Annual report of the Madras Medical College
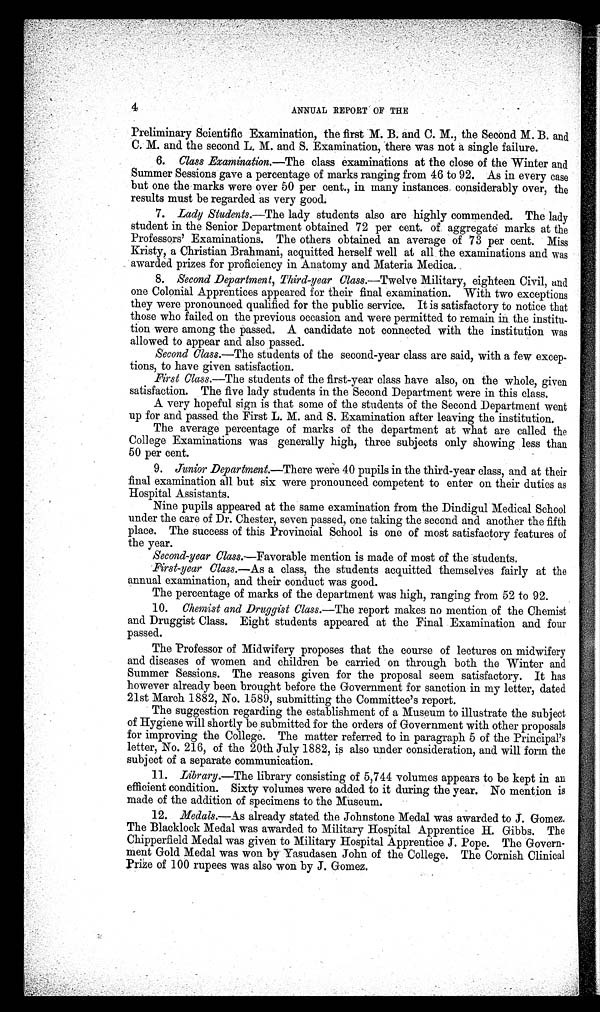
4
ANNUAL REPORT OF THE
Preliminary Scientific Examination, the first M. B. and C. M., the Second M. B. and
C. M. and the second L. M. and S. Examination, there was not a single failure.
6. Class Examination.—The class examinations at the close of the Winter and
Summer Sessions gave a percentage of marks ranging from 46 to 92. As in every case
but one the marks were over 50 per cent., in many instances considerably over, the
results must be regarded as very good.
7. La d y St u d e n t s . —T h e
l a d y s t u d e n t s a l s o a r e h i g h l y c o m m e n d e d . T h e l a d y
student in the Senior Department obtained 72 per cent. of aggregate marks at the
Professors' Examinations. The others obtained an average of 73 per cent. Miss
Kristy, a Christian Brahmani, acquitted herself well at all the examinations and was
awarded prizes for proficiency in Anatomy and Materia Medica.
8. Second Department, Third-year Class. —Twelve Military, eighteen Civil, and
one Colonial Apprentices appeared for their final examination. With two exceptions
they were pronounced qualified for the public service. It is satisfactory to notice that
those who failed on the previous occasion and were permitted to remain in the institu-
tion were among the passed. A candidate not connected with the institution was
allowed to appear and also passed.
Second Class.—The students of the second-year class are said, with a few excep-
tions, to have given satisfaction.
First Class.—The students of the first-year class have also, on the whole, given
satisfaction. The five lady students in the Second Department were in this class.
A very hopeful sign is that some of the students of the Second Department went
up for and passed the First L. M. and S. Examination after leaving the institution.
The average percentage of marks of the department at what are called the
College Examinations was generally high, three subjects only showing less than
50 per cent.
9. Junior Department.—There were 40 pupils in the third-year class, and at their
final examination all but six were pronounced competent to enter on their duties as
Hospital Assistants.
Nine pupils appeared at the same examination from the Dindigul Medical School
under the care of Dr. Chester, seven passed, one taking the second and another the fifth
place. The success of this Provincial School is one of most satisfactory features of
the year.
Second-year Class.—Favorable mention is made of most of the students.
First-year Class.— As a class, the students acquitted themselves fairly at the
annual examination, and their conduct was good.
The percentage of marks of the department was high, ranging from 52 to 92.
10.
Chemist and Druggist Class.—The report makes no mention of the Chemist
and Druggist Class. Eight students appeared at the Final Examination and four
passed.
The Professor of Midwifery proposes that the course of lectures on midwifery
and diseases of women and children be carried on through both the Winter and
Summer Sessions. The reasons given for the proposal seem satisfactory. It has
however already been brought before the Government for sanction in my letter, dated
21st March 1882, No. 1589, submitting the Committee's report.
The suggestion regarding the establishment of a Museum to illustrate the subject
of Hygiene will shortly be submitted for the orders of Government with other proposals
for improving the College. The matter referred to in paragraph 5 of the Principal's
letter, No. 216, of the 20th July 1882, is also under consideration, and will form the
subject of a separate communication.
11. Library.—The library consisting of 5,744 volumes appears to be kept in an
efficient condition. Sixty volumes were added to it during the year. No mention is
made of the addition of specimens to the Museum.
12. Medals.— As already stated the Johnstone Medal was awarded to J . Gomez.
The Blacklock Medal was awarded to Military Hospital Apprentice H. Gibbs. The
Chipperfield Medal was given to Military Hospital Apprentice J. Pope. The Govern-
ment Gold Medal was won by Yasudasen John of the College. The Cornish Clinical
prize of 100 rupees was also won by J. Gomez.